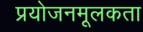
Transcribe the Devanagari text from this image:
प्रयोजनमूलकता